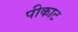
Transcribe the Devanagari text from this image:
पीकाट